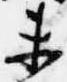
未